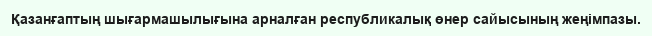
Қазанғаптың шығармашылығына арналған республикалық өнер сайысының жеңімпазы.